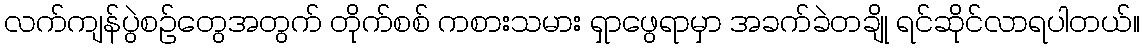
လက်ကျန်ပွဲစဉ်တွေအတွက် တိုက်စစ် ကစားသမား ရှာဖွေရာမှာ အခက်ခဲတချို ရင်ဆိုင်လာရပါတယ်။